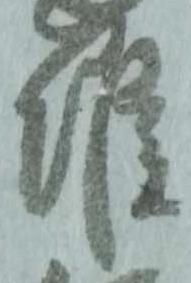
候